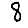
Digit: 8